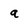
Character: a